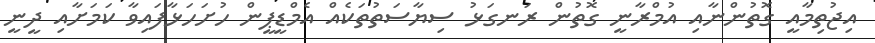
އިޖުތިމާއީ ގޮތުންނާއި އުމްރާނީ ގޮތުން ރަނގަޅު ސިޔާސަތުތަކެއް އެމްޑީޕީން ހުށަހަޅާފައިވާ ކަމަށާއި ދީނީ